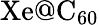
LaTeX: \mathrm{Xe@C_{60}}